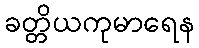
ခတ္တိယကုမာရေန